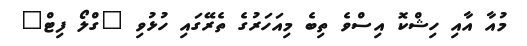
މުއާ އާއި ހިޝްކޮ އިސްވެ ތިބެ މިއަހަރުގެ ތެރޭގައި ހުޅުވި "ގްލޯ ފިޓް"